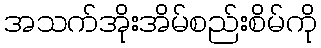
အသက်အိုးအိမ်စည်းစိမ်ကို